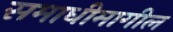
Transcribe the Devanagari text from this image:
समाधीमागील